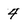
Character: 4